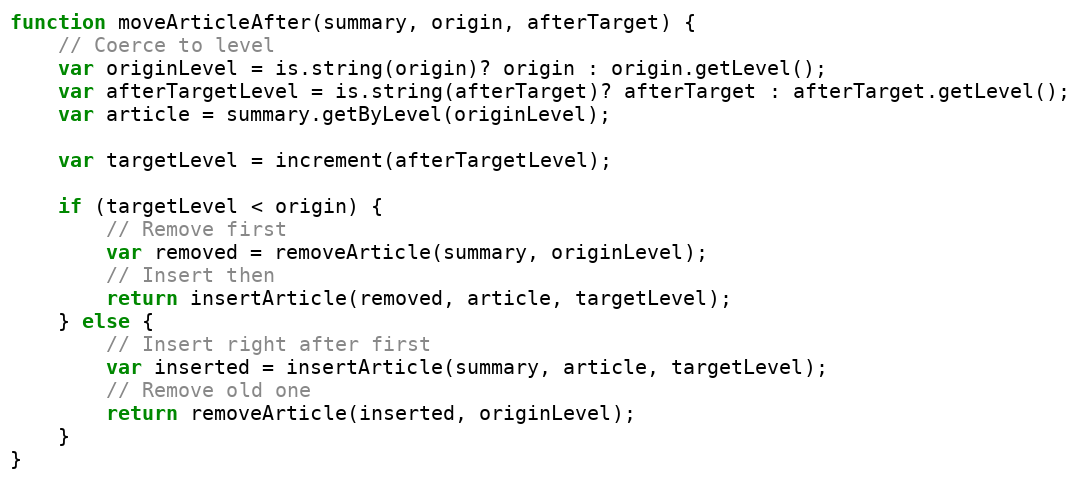
Language: JavaScript
function moveArticleAfter(summary, origin, afterTarget) {
    // Coerce to level
    var originLevel = is.string(origin)? origin : origin.getLevel();
    var afterTargetLevel = is.string(afterTarget)? afterTarget : afterTarget.getLevel();
    var article = summary.getByLevel(originLevel);

    var targetLevel = increment(afterTargetLevel);

    if (targetLevel < origin) {
        // Remove first
        var removed = removeArticle(summary, originLevel);
        // Insert then
        return insertArticle(removed, article, targetLevel);
    } else {
        // Insert right after first
        var inserted = insertArticle(summary, article, targetLevel);
        // Remove old one
        return removeArticle(inserted, originLevel);
    }
}